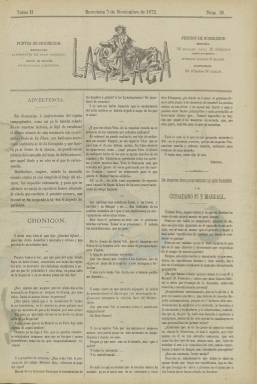
Título: La Flaca (Barcelona. 1872)
Colección: Periódicos || Revistas satíricas y humorísticas
Ámbito geográfico: Barcelona
Lugar de publicación: Barcelona
Fechas: 07/11/1872-04/10/1873